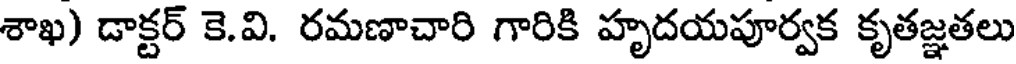
శాఖ) డాక్టర్ కె.వి. రమణాచారి గారికి హృదయపూర్వక కృతజ్ఞతలు